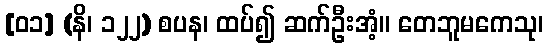
[၀၁] (နိ၊ ၁၂၂) စပန၊ ထပ်၍ ဆက်ဦးအံ့။ တေဘူမကေသု၊